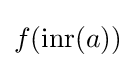
f(\operatorname {inr} (a))